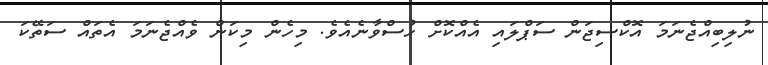
ނުލިބިއްޖެނަމަ އޮކްސިޖަން ސަޕްލައި އެއްކޮށް ހުސްވާނެއެވެ. މިހެން މިކަން ވެއްޖެނަމަ އެތައް ސަތޭކަ